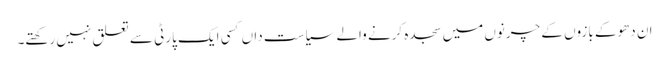
ان دھوکے بازوں کے چرنوں میں سجدہ کرنے والے سیاست داں کسی ایک پارٹی سے تعلق نہیں رکھتے۔